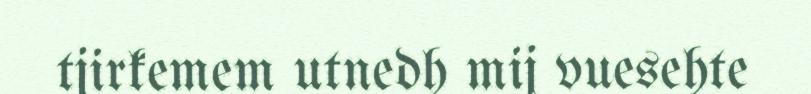
tjirkemem utnedh mij vuesehte